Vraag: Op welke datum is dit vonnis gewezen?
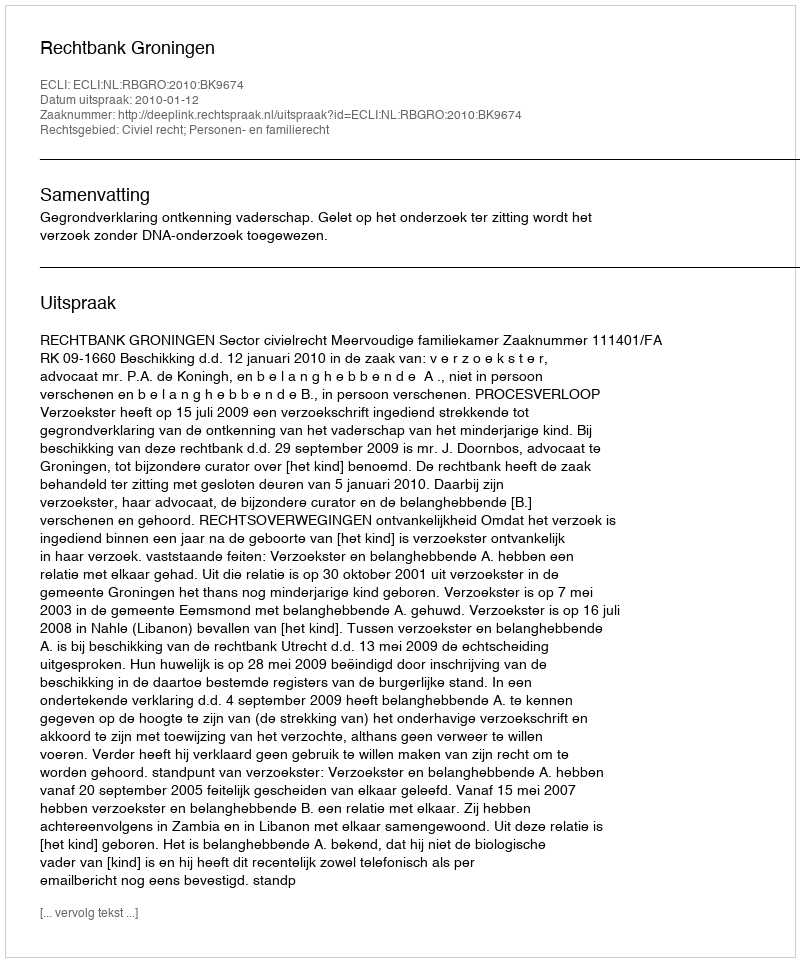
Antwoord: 2010-01-12